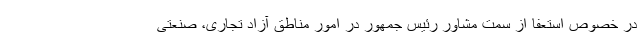
در خصوص استعفا از سمت مشاور رئیس جمهور در امور مناطق آزاد تجاری، صنعتی